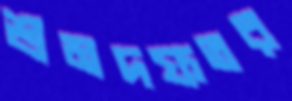
শ্রমদফতর